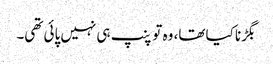
بگڑنا کیا تھا، وہ تو پنپ ہی نہیں پائی تھی۔